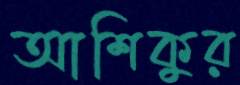
আশিকুর